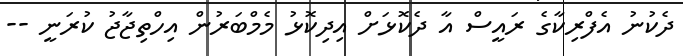
ދެކުނު އެފްރިކާގެ ރައީސް އާ ދެކޮޅަށް އިދިކޮޅު މެމްބަރުން އިހްތިޖާޖު ކުރަނީ --